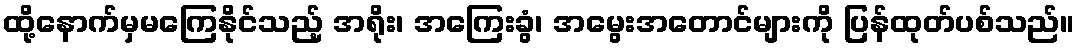
ထို့နောက်မှမကြေနိုင်သည့် အရိုး၊ အကြေးခွံ၊ အမွေးအတောင်များကို ပြန်ထုတ်ပစ်သည်။